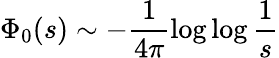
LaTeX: \Phi_{0}(s)\sim-\frac{1}{4\pi}\log\log\frac{1}{s}